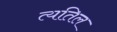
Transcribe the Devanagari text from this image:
त्यतिल